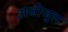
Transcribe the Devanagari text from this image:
अजीजुल